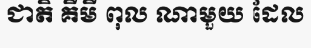
ជាតិ គីមី ពុល ណាមួយ ដែល